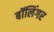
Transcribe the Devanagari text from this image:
बॉलिंगर